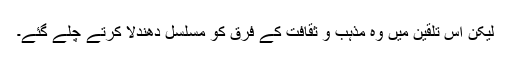
لیکن اس تلقین میں وہ مذہب و ثقافت کے فرق کو مسلسل دھندلا کرتے چلے گئے۔